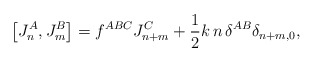
\begin{align*}\left[J_{n}^{A}, J_{m}^{B}\right]= f^{ABC} J_{n+m}^{C}+ \frac{1}{2} k\,n\,\delta^{AB}\delta_{n+m,0},\end{align*}